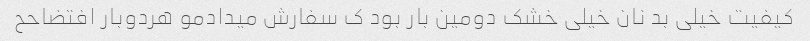
کیفیت خیلی بد نان خیلی خشک دومین بار بود ک سفارش میدادمو هردوبار افتضاحح